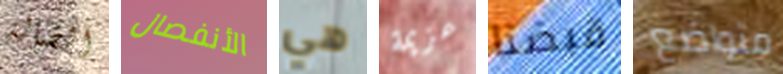
الضالة الأنفصال هي عزيمة قبضنا متواضع